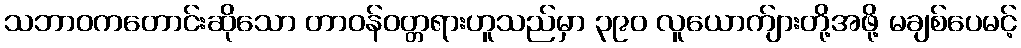
သဘာဝကတောင်းဆိုသော တာဝန်ဝတ္တရားဟူသည်မှာ ၃၉၀ လူယောက်ျားတို့အဖို့ မချစ်ပေမင့်